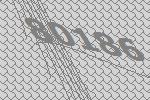
80186